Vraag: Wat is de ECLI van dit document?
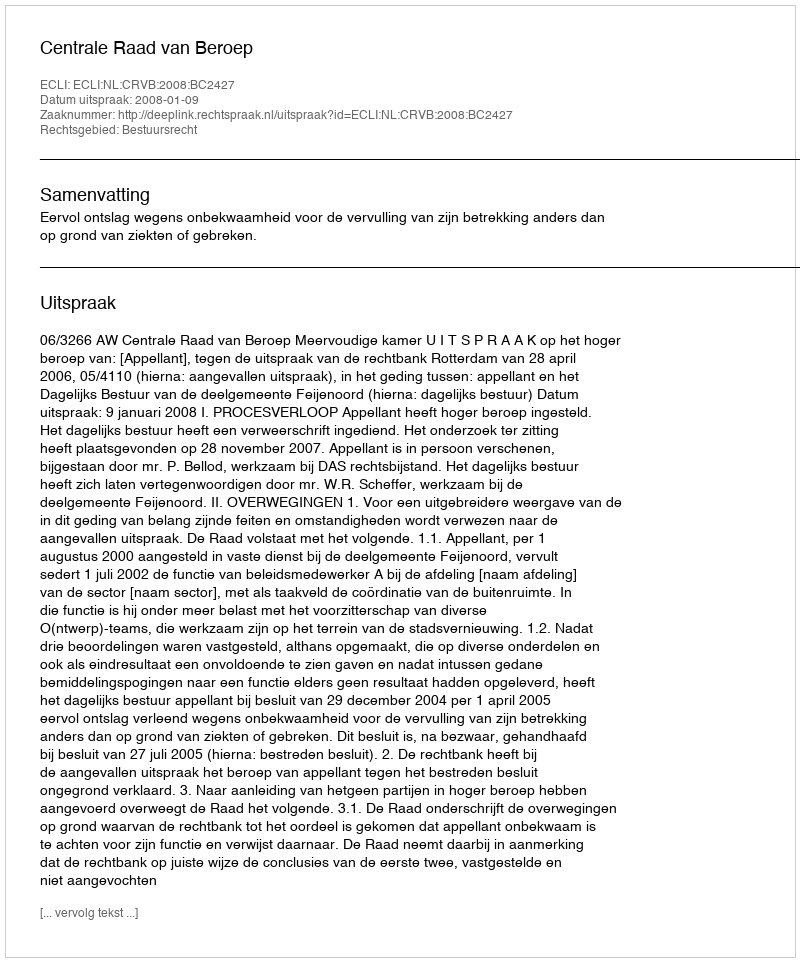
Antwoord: ECLI:NL:CRVB:2008:BC2427